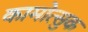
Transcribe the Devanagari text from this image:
कामोत्सुक